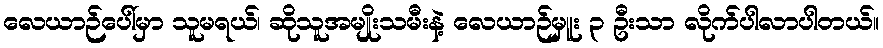
လေယာဉ်ပေါ်မှာ သူမရယ်၊ ဆိုသူအမျိုးသမီးနဲ့ လေယာဉ်မှူး ၃ ဦးသာ လိုက်ပါလာပါတယ်။